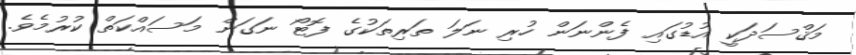
މަޤްސަދަކީ އުޑުގައި ފެންނަން ހުރި ނަލަ ތަރިތަކުގެ ފޮޓޯ ނަގަން މަސައްކަތް ކުރުމެވެ.